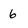
Character: 6